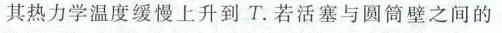
其热力学温度缓慢上升到 T. 若活塞与圆筒壁之间的